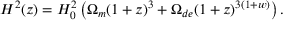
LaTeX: H ^ { 2 } ( z ) = H _ { 0 } ^ { 2 } \left( \Omega _ { m } ( 1 + z ) ^ { 3 } + \Omega _ { d e } ( 1 + z ) ^ { 3 ( 1 + w ) } \right) .